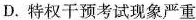
D.特权干预考试现象严重